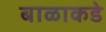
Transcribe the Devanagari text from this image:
बाळाकडे